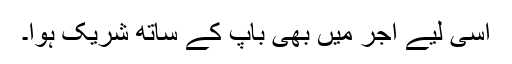
اسی لیے اجر میں بھی باپ کے ساتھ شریک ہوا۔